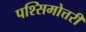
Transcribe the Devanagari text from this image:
पश्सिमोत्तरी